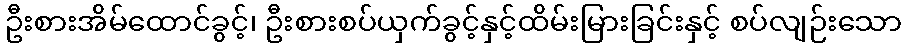
ဦးစားအိမ်ထောင်ခွင့်၊ ဦးစားစပ်ယှက်ခွင့်နှင့်ထိမ်းမြားခြင်းနှင့် စပ်လျဉ်းသော